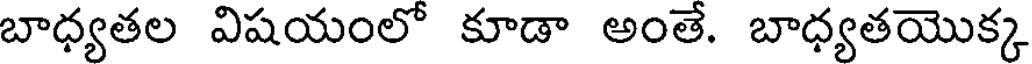
బాధ్యతల విషయంలో కూడా అంతే. బాధ్యతయొక్క